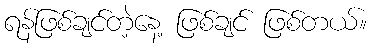
ရန်ဖြစ်ချင်တဲ့နေ့ ဖြစ်ချင် ဖြစ်တယ်။